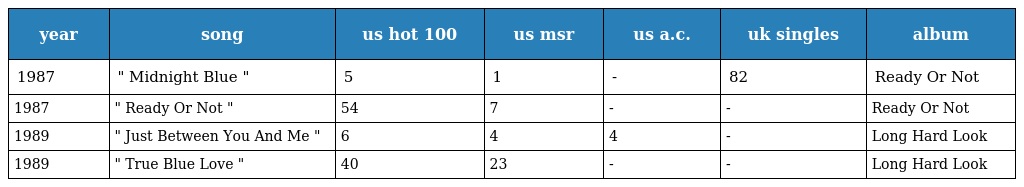
| year | song | us hot 100 | us msr | us a.c. | uk singles | album |
 | --- | --- | --- | --- | --- | --- | --- |
 | 1987 | " Midnight Blue " | 5 | 1 | - | 82 | Ready Or Not |
 | 1987 | " Ready Or Not " | 54 | 7 | - | - | Ready Or Not |
 | 1989 | " Just Between You And Me " | 6 | 4 | 4 | - | Long Hard Look |
 | 1989 | " True Blue Love " | 40 | 23 | - | - | Long Hard Look |